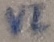
Text: VI